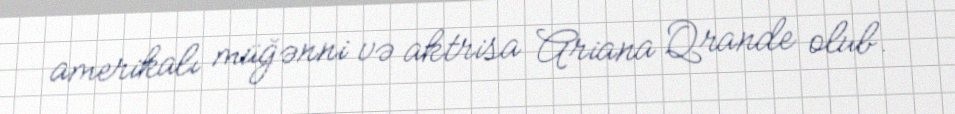
amerikalı müğənni və aktrisa Ariana Qrande olub.